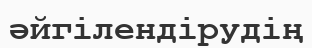
әйгілендірудің